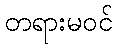
တရားမဝင်